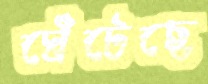
ঘেঁটেছে